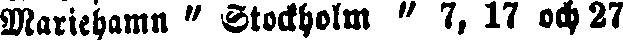
Mariehamn " Stockholm " 7, 17 och 27